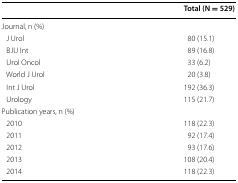
<table><thead><tr><td></td><td><b>Total (N = 529)</b></td></tr></thead><tbody><tr><td colspan="2">Journal, n (%)</td></tr><tr><td> J Urol</td><td>80 (15.1)</td></tr><tr><td> BJU Int</td><td>89 (16.8)</td></tr><tr><td> Urol Oncol</td><td>33 (6.2)</td></tr><tr><td> World J Urol</td><td>20 (3.8)</td></tr><tr><td> Int J Urol</td><td>192 (36.3)</td></tr><tr><td> Urology</td><td>115 (21.7)</td></tr><tr><td colspan="2">Publication years, n (%)</td></tr><tr><td> 2010</td><td>118 (22.3)</td></tr><tr><td> 2011</td><td>92 (17.4)</td></tr><tr><td> 2012</td><td>93 (17.6)</td></tr><tr><td> 2013</td><td>108 (20.4)</td></tr><tr><td> 2014</td><td>118 (22.3)</td></tr></tbody></table>